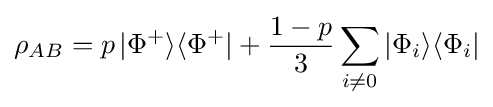
\rho _{AB}=p\,|\Phi ^{+}\rangle \langle \Phi ^{+}|+{\frac {1-p}{3}}\sum _{i\neq 0}|\Phi _{i}\rangle \langle \Phi _{i}|